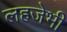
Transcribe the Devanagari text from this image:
लहजेभी